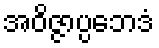
အဝိဇ္ဇာပ္ပဘေဒံ